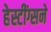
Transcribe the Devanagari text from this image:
हेस्टींग्सने